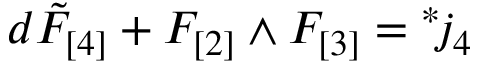
d \tilde { F } _ { [ 4 ] } + F _ { [ 2 ] } \wedge F _ { [ 3 ] } = { } ^ { * } \! j _ { 4 }